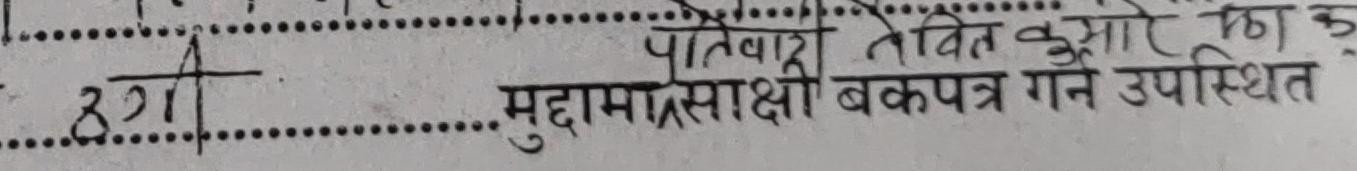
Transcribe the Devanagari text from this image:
ठगी मुद्दामामसाक्षी बकपत्र गन उपस्थित